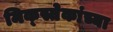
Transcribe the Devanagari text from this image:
मिक्स्तेकांच्या